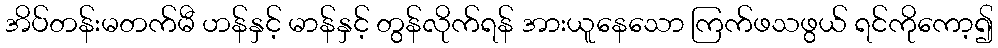
အိပ်တန်းမတက်မီ ဟန်နှင့် မာန်နှင့် တွန်လိုက်ရန် အားယူနေသော ကြက်ဖသဖွယ် ရင်ကိုကော့၍